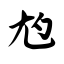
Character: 尥